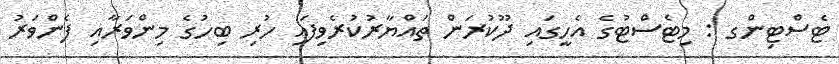
ޓެސްޓިންގ : މިޓެސްޓުގެ އެހީގައި ދޫކުރަން ތައްޔާރުކުރެވިފައި ހުރި ބިހުގެ މިންވަރާއި ފެންވަރު